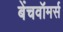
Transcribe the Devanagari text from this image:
बेंचवॉमर्स